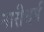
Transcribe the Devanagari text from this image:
नारीधर्म